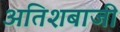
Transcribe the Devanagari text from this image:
अतिशबाजी